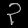
Digit: ၃